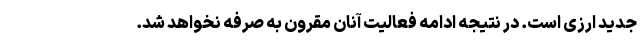
جدید ارزی است. در نتیجه ادامه فعالیت آنان مقرون به صرفه نخواهد شد.